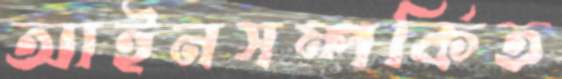
আইনসম্পর্কিত